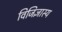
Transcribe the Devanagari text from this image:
विजिज्ञास्य